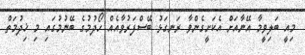
މިއީ ބަލިވީމާ އޭނާއަށް އެކަށީގެންވާ ރަނގަޅު ބޭސްފަރުވާއެއް ހޯދުމުގެ ބޭނުމުގައި މި ޚިދުމަތް